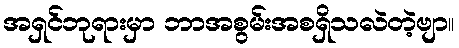
အရှင်ဘုရားမှာ ဘာအစွမ်းအစရှိသလဲတဲ့ဗျာ။